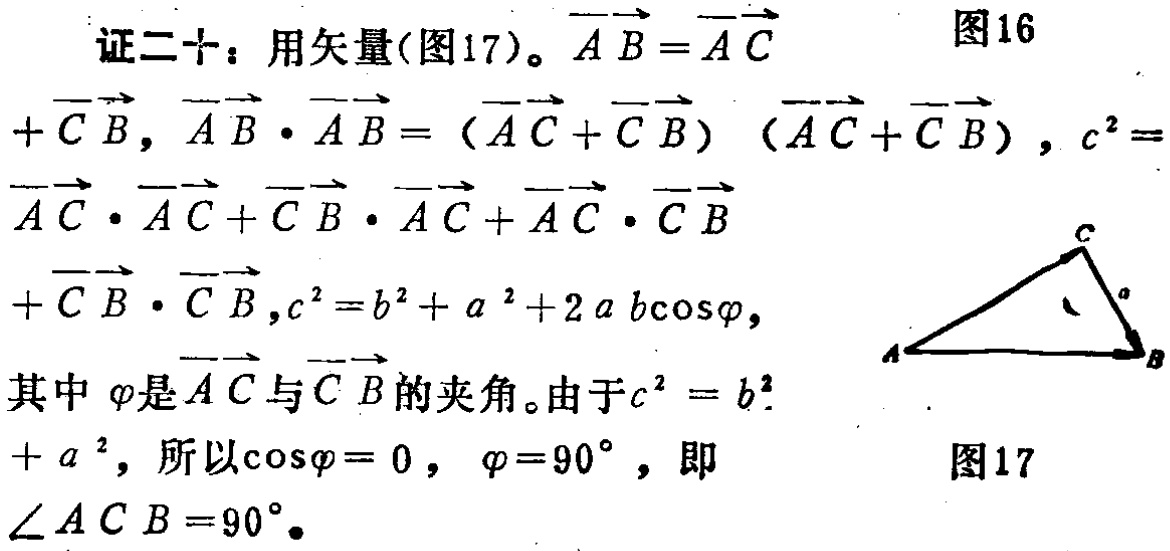
证二十：用矢量(图17)。$\overrightarrow{AB}=\overrightarrow{AC}$

图16

$+\overrightarrow{CB}$，$\overrightarrow{AB}\cdot\overrightarrow{AB}= (\overrightarrow{AC}+\overrightarrow{CB}) (\overrightarrow{AC}+\overrightarrow{CB})$，$c^{2}=$

$\overrightarrow{AC}\cdot\overrightarrow{AC}+\overrightarrow{CB}\cdot\overrightarrow{AC}+\overrightarrow{AC}\cdot\overrightarrow{CB}$

$+\overrightarrow{CB}\cdot\overrightarrow{CB}$，$c^{2}=b^{2}+a^{2}+2ab\cos\varphi$，

其中$\varphi$是$\overrightarrow{AC}$与$\overrightarrow{CB}$的夹角。由于$c^{2}=b^{2}$

$+a^{2}$，所以$\cos\varphi = 0$，$\varphi = 90^{\circ}$，即

图17

$\angle ACB = 90^{\circ}$。